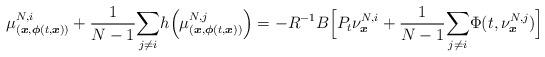
LaTeX: \begin{align*}\mu_{(\boldsymbol{x},\boldsymbol{\phi}(t,\boldsymbol{x}))}^{N,i}+\frac{1}{N-1}\underset{j\neq i}{\sum}h\Big(\mu_{(\boldsymbol{x},\boldsymbol{\phi}(t,\boldsymbol{x}))}^{N,j} \Big)=-R^{-1}B\Big[P_t\nu^{N,i}_{\boldsymbol{x}}+\frac{1}{N-1}\underset{j\neq i}{\sum}\Phi(t,\nu^{N,j}_{\boldsymbol{x}})\Big]\end{align*}